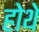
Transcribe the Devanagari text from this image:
होथे